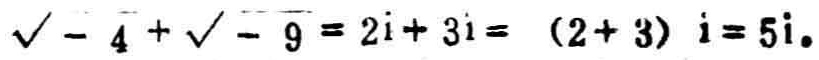
$\sqrt{-4}+\sqrt{-9}=2i + 3i=(2 + 3)i = 5i.$